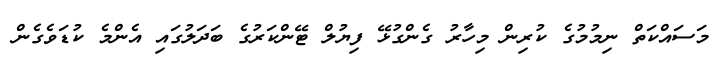
މަސައްކަތް ނިމުމުގެ ކުރިން މިހާރު ގެންގުޅޭ ފިޔުލް ޓޭންކަރުގެ ބަދަލުގައި އެންމެ ކުޑަވެގެން